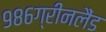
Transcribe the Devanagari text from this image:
९८६ग्रीनलैंड